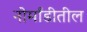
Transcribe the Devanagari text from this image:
नोर्मांडीतील